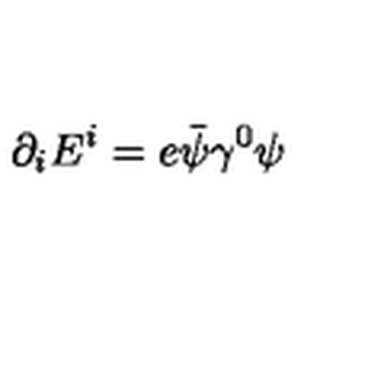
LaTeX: \partial _ { i } E ^ { i } = e { \bar { \psi } } \gamma ^ { 0 } \psi